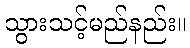
သွားသင့်မည်နည်း။